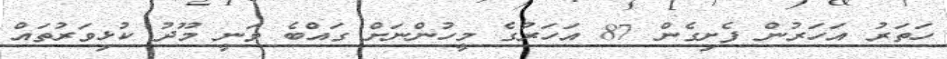
ހަތަރު އަހަރުން ފެށިގެން 87 އަހަރުގެ މީހުންނަށް ގައްބެ ވަނީ މޫދު ކުޅިވަރުތައް